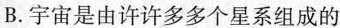
B.宇宙是由许许多多个星系组成的